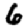
Digit: 6